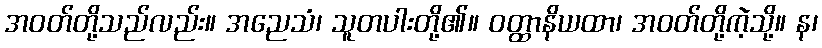
အဝတ်တို့သည်လည်း။ အညေသံ၊ သူတပါးတို့၏။ ဝတ္ထာနိယထာ၊ အဝတ်တို့ကဲ့သို့။ န၊